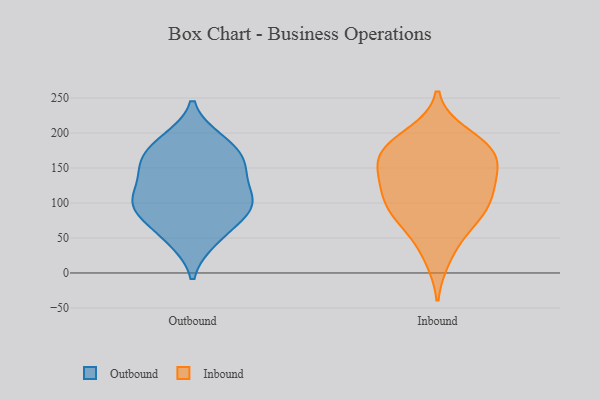
{"axis": {"x": "Page Views", "y": "Value"}, "legend": ["Inbound", "Outbound"], "data": [{"x": "", "y": 102, "type": "Outbound"}, {"x": "", "y": 47, "type": "Outbound"}, {"x": "", "y": 111, "type": "Outbound"}, {"x": "", "y": 168, "type": "Outbound"}, {"x": "", "y": 46, "type": "Outbound"}, {"x": "", "y": 77, "type": "Outbound"}, {"x": "", "y": 190, "type": "Outbound"}, {"x": "", "y": 76, "type": "Outbound"}, {"x": "", "y": 106, "type": "Outbound"}, {"x": "", "y": 105, "type": "Outbound"}, {"x": "", "y": 147, "type": "Outbound"}, {"x": "", "y": 100, "type": "Outbound"}, {"x": "", "y": 144, "type": "Outbound"}, {"x": "", "y": 152, "type": "Outbound"}, {"x": "", "y": 152, "type": "Outbound"}, {"x": "", "y": 89, "type": "Outbound"}, {"x": "", "y": 191, "type": "Outbound"}, {"x": "", "y": 178, "type": "Outbound"}, {"x": "", "y": 132, "type": "Inbound"}, {"x": "", "y": 80, "type": "Inbound"}, {"x": "", "y": 90, "type": "Inbound"}, {"x": "", "y": 173, "type": "Inbound"}, {"x": "", "y": 91, "type": "Inbound"}, {"x": "", "y": 171, "type": "Inbound"}, {"x": "", "y": 22, "type": "Inbound"}, {"x": "", "y": 98, "type": "Inbound"}, {"x": "", "y": 118, "type": "Inbound"}, {"x": "", "y": 140, "type": "Inbound"}, {"x": "", "y": 56, "type": "Inbound"}, {"x": "", "y": 198, "type": "Inbound"}, {"x": "", "y": 174, "type": "Inbound"}, {"x": "", "y": 132, "type": "Inbound"}, {"x": "", "y": 183, "type": "Inbound"}, {"x": "", "y": 165, "type": "Inbound"}]}